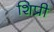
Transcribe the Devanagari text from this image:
शिप्री